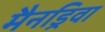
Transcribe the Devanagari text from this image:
मैनड्रिवा